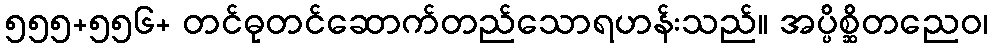
၅၅၅+၅၅၆+ တင်ဓုတင်ဆောက်တည်သောရဟန်းသည်။ အပ္ပိစ္ဆိတညေဝ၊